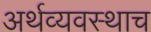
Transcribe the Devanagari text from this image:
अर्थव्यवस्थाच